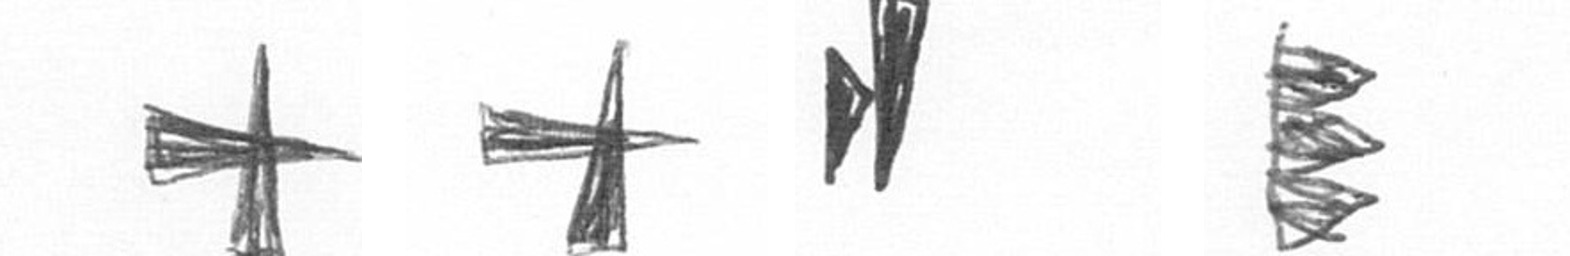
G G M H